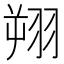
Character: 𫅦